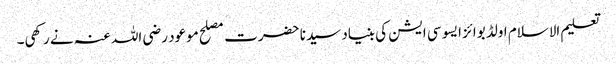
تعلیم الاسلام اولڈ بوائز ایسو سی ایشن کی بنیاد سیدنا حضرت مصلح موعود رضی اللہ عنہ نے رکھی۔